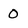
Character: 0